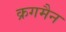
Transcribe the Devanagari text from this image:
क्रगमैन